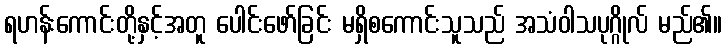
ရဟန်းကောင်းတို့နှင့်အတူ ပေါင်းဖော်ခြင်း မရှိစကောင်းသူသည် အသံဝါသပုဂ္ဂိုလ် မည်၏။